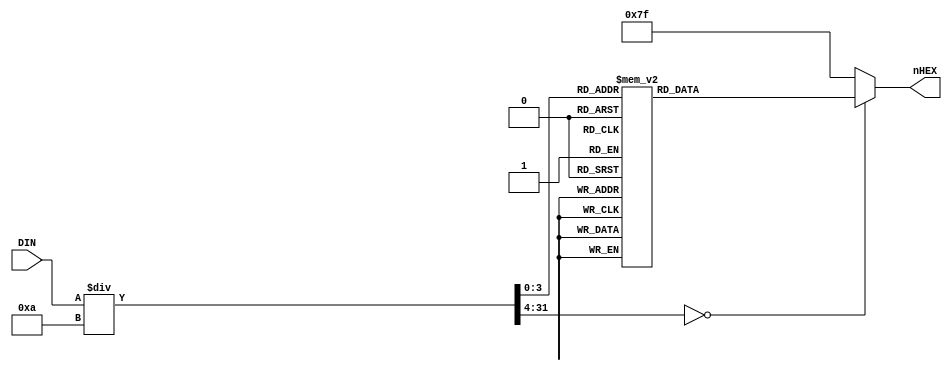
module SEG7DEC_2(
     input [31:0] DIN,
     output reg [6:0] nHEX
);
//PC10
always @* begin
    case(DIN / 10)
        32'h0:	nHEX = 7'b1000000;
		32'h1:	nHEX = 7'b1111001;
		32'h2:	nHEX = 7'b0100100;
		32'h3:	nHEX = 7'b0110000;
		32'h4:	nHEX = 7'b0011001;
		32'h5:	nHEX = 7'b0010010;
		32'h6:	nHEX = 7'b0000010;
		32'h7:	nHEX = 7'b1011000;
		32'h8:	nHEX = 7'b0000000;
		32'h9:	nHEX = 7'b0010000;
		default:nHEX = 7'b1111111;
    endcase
end

endmodule